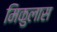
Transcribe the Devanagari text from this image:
मिकुलास